Civil Veterinary Dept. Assam report 1911-1927 - 1911-1927
Year: 1911
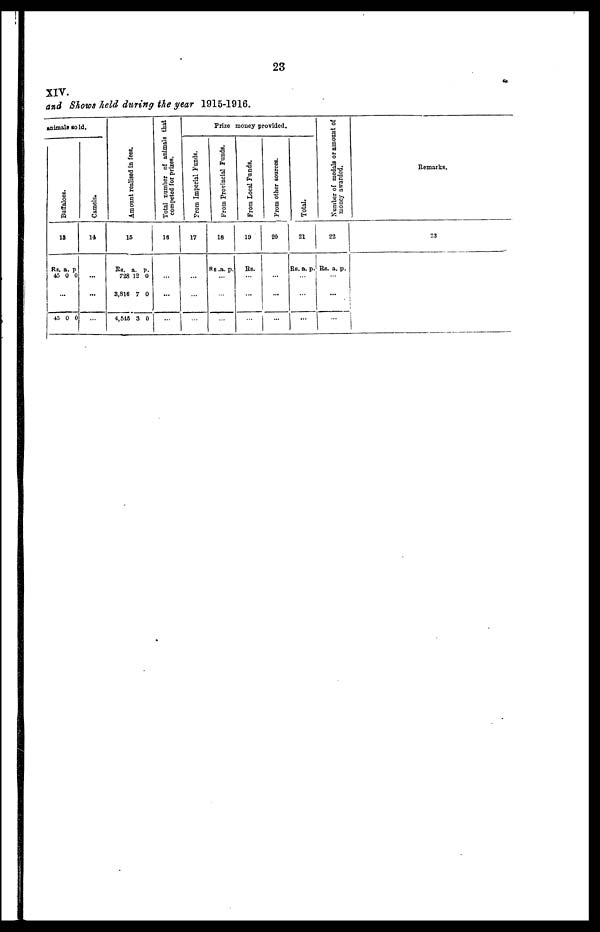
23
XIV.
and Shows held during the year 1915-1916.
animals sold.
Buffaloes.
13
Rs.
45
45
a.
0
0
p.
0
0
Camels.
14
...
Amount realised in fees.
15
Rs.
728
8,816
4,516
a.
12
7
3
p.
0
0
0
Total number of animals that
competed for prizes.
16
Prize money provided.
From Imperial Funds.
17
From Provincial Funds.
18
Rs. a. p.
From Local Funds.
19
Rs.
From other sources.
20
Total.
21
Rs. a.
...
p.
Number of medals or amount of
money awarded.
2
2
Rs.
...
.
a.
..
p.
Remarks.
23